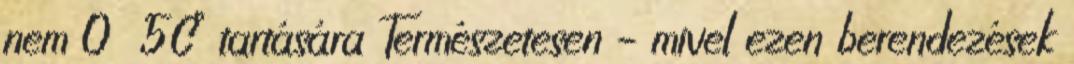
nem 0 5C° tartására Természetesen – mivel ezen berendezések